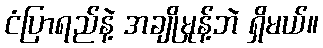
ငံပြာရည်နဲ့ အချိုမှုန့်ဘဲ ရှိမယ်။